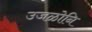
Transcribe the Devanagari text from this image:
उजळोनि